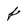
Character: f